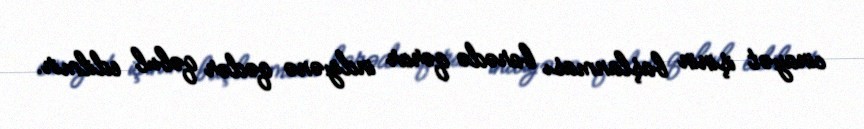
cinayət işinin başlanması barədə qərar indiyənə qədər qəbul edilmir.